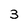
Character: 3